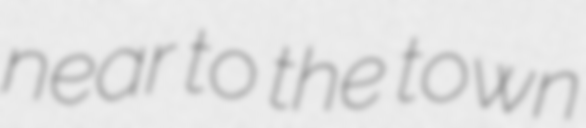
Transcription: near to the town